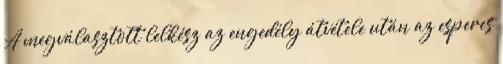
A megválasztott lelkész az engedély átvétele után az esperes